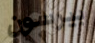
بيرسون